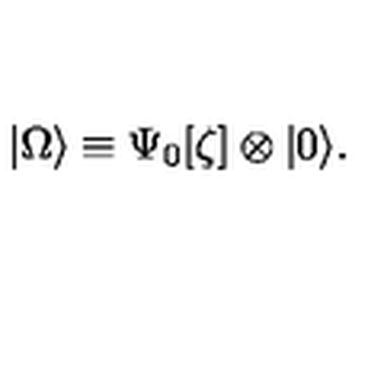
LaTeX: | \Omega \rangle \equiv \Psi _ { 0 } [ \zeta ] \otimes | 0 \rangle .